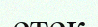
етек